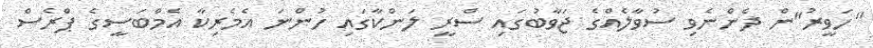
"ހަވީރު"ން ދެންނެވި ސުވާލެއްގެ ޖަވާބުގައި ސްރީ ލަންކާގައި ހުންނަ އެމެރިކާ އެމްބަސީގެ ޕްރެސް